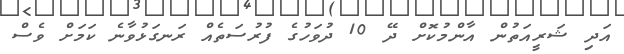
އަދި ޝަރީއަތުން އާންމުކޮށް ދޭ 10 ދުވަހުގެ ފުރުސަތެއް ރަނގަޅުވާނެ ކަމަށް ވެސް